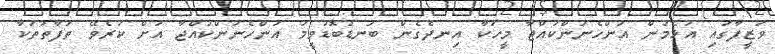
ވަޒީފާގައި އުޅެމުން އަންހެނުންކުއްޖާ މީހަކާ އިނދެގެން ބަނޑުބޮޑުވީމަ އަންހެނުންކުއްޖާ އަށް ކުރެވޭ ތަފާތުތަކާ